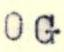
OG